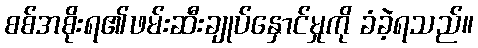
စစ်အစိုးရ၏ဖမ်းဆီးချုပ်နှောင်မှုကို ခံခဲ့ရသည်။